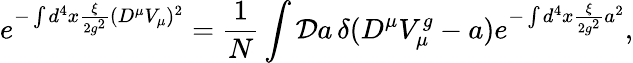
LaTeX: e^{-\int d^{4}x\frac{\xi}{2g^{2}}(D^{\mu}V_{\mu})^{2}}=\frac{1}{N}\int{\cal D}a\, \delta(D^{\mu}V_{\mu}^{g}-a)e^{-\int d^{4}x\frac{\xi}{2g^{2}}a^{2}},